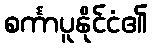
စင်္ကာပူနိုင်ငံ၏